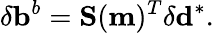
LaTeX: \delta\mathbf{b}^{b}=\mathbf{S}(\mathbf{m})^{T}\mathbf{\delta}\mathbf{d}^{*}.